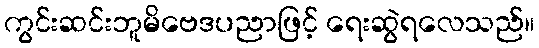
ကွင်းဆင်းဘူမိဗေဒပညာဖြင့် ရေးဆွဲရလေသည်။